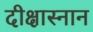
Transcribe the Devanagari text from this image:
दीक्षास्नान